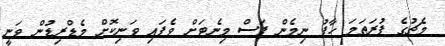
މެޗުގެ ފުރަތަމަ ހާފު ނިމެން ފަސް މިނެޓަށް ވެފައި ވަނިކޮށް މެޑްރިޑުން ވަނީ